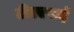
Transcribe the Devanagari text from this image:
टीएएफई